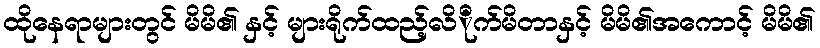
ထိုနေရာများတွင် မိမိ၏ နှင့် များရိုက်ထည့်လိိုက်မိတာနှင့် မိမိ၏အကောင့် မိမိ၏